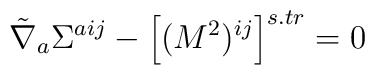
\tilde{\nabla}_{a}\Sigma^{aij} - \left [ (M^{2})^{ij}\right]^{s.tr}= 0